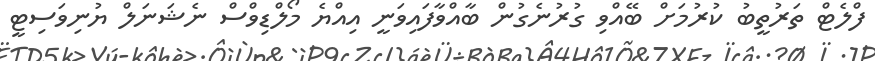
ފްލެޓް ތަރުތީބު ކުރުމަށް ބޭއްވި ގުރުނެގުން ބާއްވާފައިވަނީ އިއްޔެ މޯލްޑިވްސް ނެޝަނަލް ޔުނިވަސިޓީ